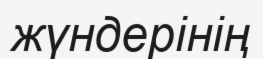
жүндерінің